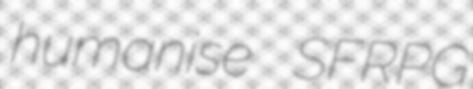
humanise SFRPG